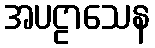
အပဠာသေန